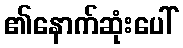
၏နောက်ဆုံးပေါ်